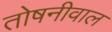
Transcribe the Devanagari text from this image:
तोषनीवाल